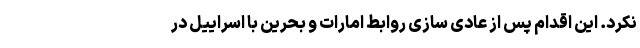
نکرد. این اقدام پس از عادی سازی روابط امارات و بحرین با اسراییل در